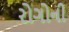
રોગોની